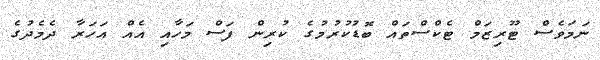
ނަމަވެސް ޓޫރިޒަމް ޓެކްސްތައް ބޮޑުކުރުމުގެ ކުރިން ފަސް މަހާއި އެއް އަހަރާ ދެމެދުގެ